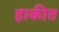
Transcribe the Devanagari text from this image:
हाकीत